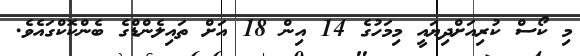
މި ކޯސް ކުރިއަށްދިޔައީ މިމަހުގެ 14 އިން 18 އަށް ތައިލެންޑްގެ ބެންކޮކްގައެވެ.